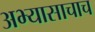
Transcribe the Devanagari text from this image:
अभ्यासाचाच